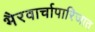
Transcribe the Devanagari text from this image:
भैरवार्चापारिजात